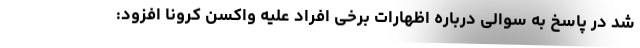
شد در پاسخ به سوالی درباره اظهارات برخی افراد علیه واکسن کرونا افزود: